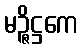
မဉ္ဇိဋ္ဌကေ